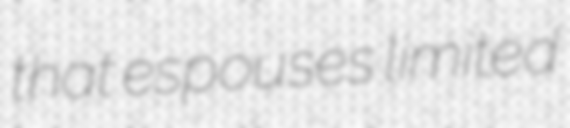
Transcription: that espouses limited